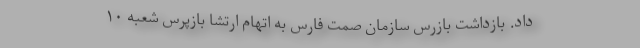
داد. بازداشت بازرس سازمان صمت فارس به اتهام ارتشا بازپرس شعبه ۱۰